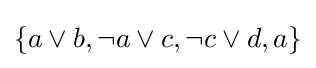
\{a\vee b,\neg a\vee c,\neg c\vee d,a\}